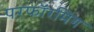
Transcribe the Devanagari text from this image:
परफॉरमिंग